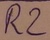
Text: R2